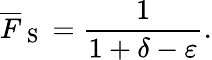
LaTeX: \overline{{F}}_{\mathrm{~S~}}=\frac{1}{1+\delta-\varepsilon}.